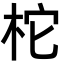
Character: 柁